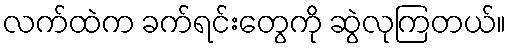
လက်ထဲက ခက်ရင်းတွေကို ဆွဲလုကြတယ်။